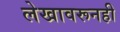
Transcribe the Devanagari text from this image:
लेखावरूनही